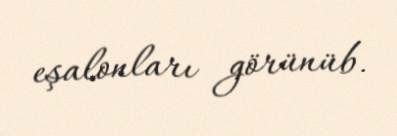
eşalonları görünüb.